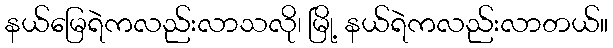
နယ်မြေရဲကလည်းလာသလို၊ မြို့ နယ်ရဲကလည်းလာတယ်။